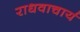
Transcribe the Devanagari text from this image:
राधवाचार्य